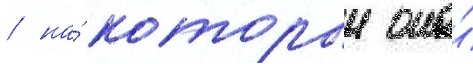
/ на́ которыи она́